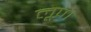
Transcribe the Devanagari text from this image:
लूप।